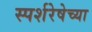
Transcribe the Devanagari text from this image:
स्पर्शरेषेच्या